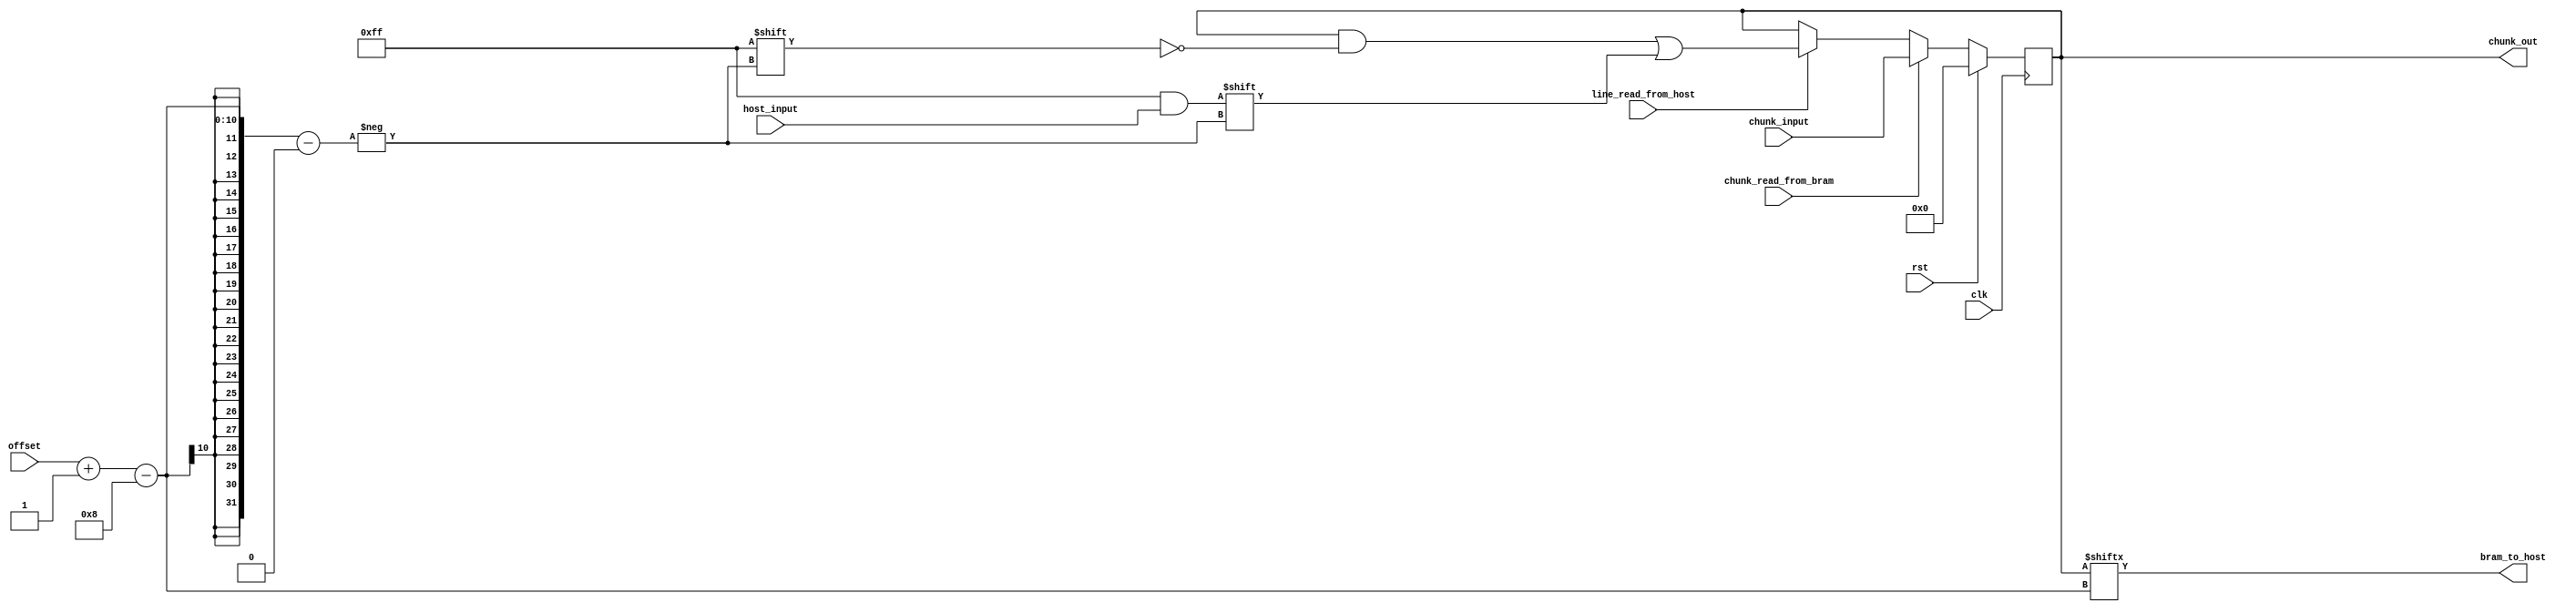

module bram
#( parameter num_bits = 512)
(
	input [num_bits-1:0] chunk_input,
	input [7:0] host_input,
	input [8:0] offset,
	input line_read_from_host, chunk_read_from_bram, rst, clk,
	output [7:0] bram_to_host,
	output [num_bits-1:0] chunk_out
);

	// Declare the RAM variable
	reg [num_bits-1:0] ram;

	always @ (posedge clk)
	begin
		if (rst)
		begin
			ram <= 0;
		end

		else if (chunk_read_from_bram)
		begin
			ram[num_bits-1:0] <= chunk_input[num_bits-1:0];
		end

		else if (line_read_from_host)
		begin
			ram[offset-:8] <= host_input[7:0];
		end

		else
		begin
			ram <= ram;
		end

	end

	assign chunk_out = ram;
	assign bram_to_host = ram[offset-:8];
	
endmodule